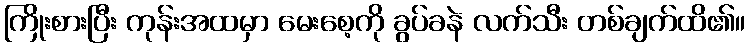
ကြိုးစားပြီး ကုန်းအထမှာ မေးစေ့ကို ခွပ်ခနဲ လက်သီး တစ်ချက်ထိ၏။